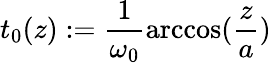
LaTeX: t_{0}(z):=\frac{1}{\omega_{0}}\mathrm{arccos}(\frac{z}{a})